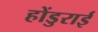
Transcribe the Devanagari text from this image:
होंडुराई